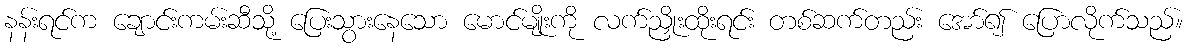
နန်းရင်က ချောင်းကမ်းဆီသို့ ပြေးသွားနေသော မောင်မျိုးကို လက်ညှိုးထိုးရင်း တစ်ဆက်တည်း အော်၍ ပြောလိုက်သည်။